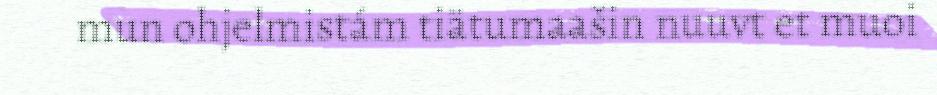
mun ohjelmistám tiätumaašin nuuvt et muoi